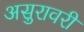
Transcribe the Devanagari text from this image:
असुरावरी